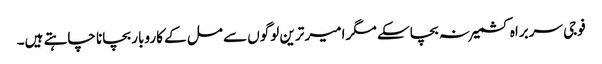
فوجی سربراہ کشمیر نہ بچا سکے مگر امیر ترین لوگوں سے مل کے کاروبار بچانا چاہتے ہیں۔